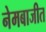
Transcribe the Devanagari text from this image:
नेमबाजीत